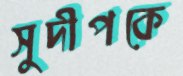
সুদীপকে